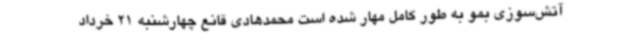
آتش‌سوزی بمو به طور کامل مهار شده است محمدهادی قانع چهارشنبه 21 خرداد